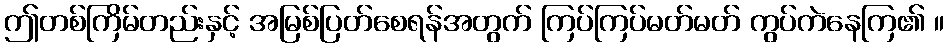
ဤတစ်ကြိမ်တည်းနှင့် အမြစ်ပြတ်စေရန်အတွက် ကြပ်ကြပ်မတ်မတ် ကွပ်ကဲနေကြ၏ ။